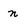
Character: n